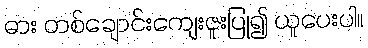
ဓား တစ်ချောင်းကျေးဇူးပြု၍ ယူပေးပါ။